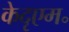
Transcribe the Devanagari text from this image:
केदृएम॰